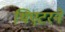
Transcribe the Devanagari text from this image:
थिएटरने